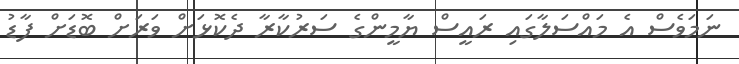
ނަަމަވެސް އެ މައްސަލާގައި ރައީސް ޔާމީންގެ ސަރުކާރާ ދެކޮޅަށް ވަރަށް ބޮޑަށް ފާޑު